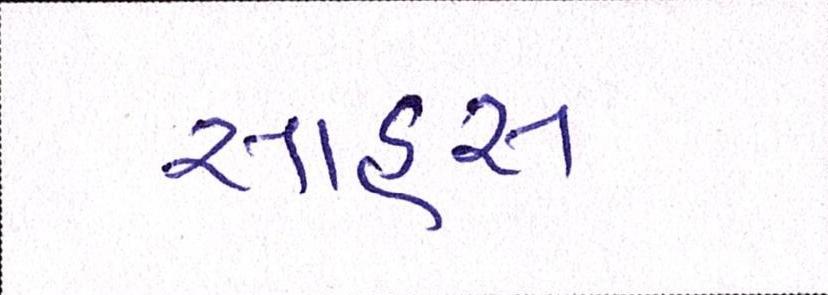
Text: સાહસ